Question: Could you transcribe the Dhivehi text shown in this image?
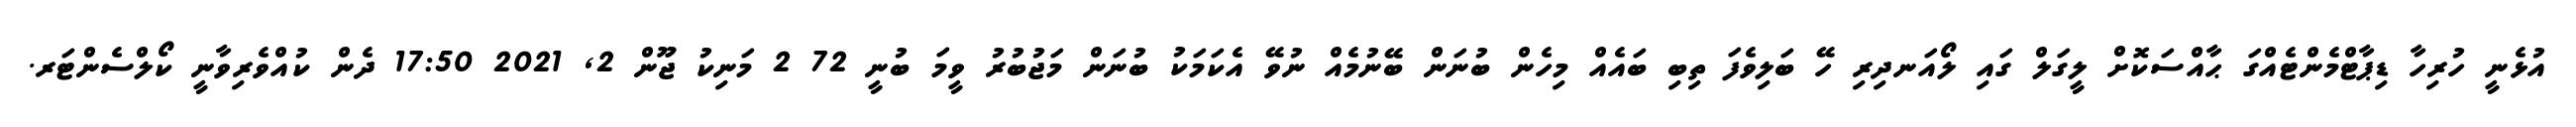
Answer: އުޅެނީ ހުރިހާ ޑިޕާޓްމެންޓެއްގަ ޙާއްސަކޮށް ލީގަލް ގައި ލޯއަނދިރި ހޭ ބަލިވެފަ ތިބި ބައެއް މިހެން ބުނަން ބޭނުމެއް ނުވޭ އެކަމަކު ބުނަން މަޖުބުރު ވީމަ ބުނީ 72 2 މަނިކު ޖޫން 2, 2021 17:50 ދެން ކުއްވެރިވާނީ ކޯލްސެންޓަރ.